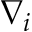
\nabla _ { i }